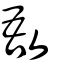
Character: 敔